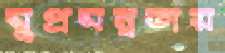
সুপ্রসন্নতায়